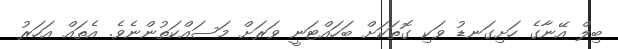
ބިލް އޭނާގެ ހަށިގަނޑު ވަކި ގޮތަކަށް ބަހައްޓަނީ ވަރަށް މަސައްކަތުންނެވެ. އެތައް އަހަރު